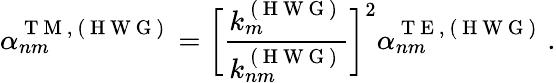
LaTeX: \alpha_{nm}^{\mathrm{~T~M~,~(~H~W~G~)~}}=\bigg[\frac{k_{m}^{\mathrm{~(~H~W~G~)~}}}{k_{nm}^{\mathrm{~(~H~W~G~)~}}}\bigg]^{2}\alpha_{nm}^{\mathrm{~T~E~,~(~H~W~G~)~}}\, .